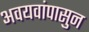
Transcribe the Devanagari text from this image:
अवयवांपासुन